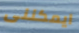
ايمكننى